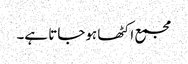
مجمع اکٹھا ہوجاتا ہے۔